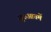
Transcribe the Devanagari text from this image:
शुरुआतमें